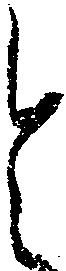
令